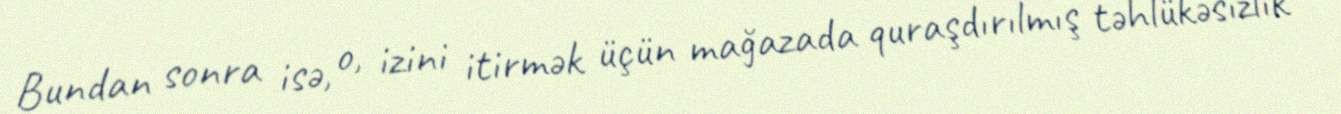
Bundan sonra isə, o, izini itirmək üçün mağazada quraşdırılmış təhlükəsizlik